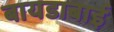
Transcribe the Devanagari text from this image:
बायडाबाई